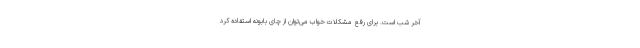
آخر شب است. برای رفع مشکلات خواب می‌توان از چای بابونه استفاده کرد